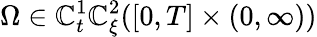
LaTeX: \Omega\in\mathbb{C}_{t}^{1}\mathbb{C}_{\xi}^{2}([0,T]\times(0,\infty))